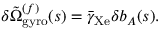
\delta \tilde { \Omega } _ { \mathrm { g y r o } } ^ { ( f ) } ( s ) = \bar { \gamma } _ { \mathrm { X e } } \delta b _ { A } ( s ) .